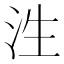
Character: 泩